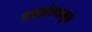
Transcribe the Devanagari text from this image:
समझोत्यामुळे